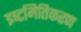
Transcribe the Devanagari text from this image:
इष्‍टमितिकरण